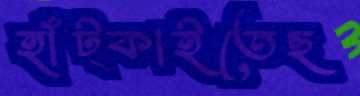
হাঁট্‌কাইতেছ